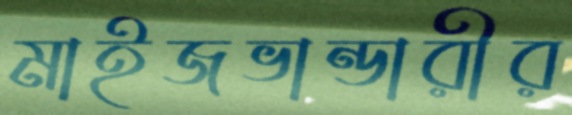
মাইজভান্ডারীর